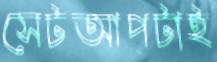
সেটআপটাই